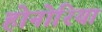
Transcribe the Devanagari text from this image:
होनोरिया